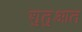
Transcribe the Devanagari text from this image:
शुतुआत